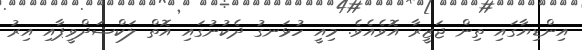
އިންޑިޔާގައި ތިން ޖަޒީރާ އޮވެއެވެ. މިއީ ހުޅަނގު ދެކުނުގައި އޮތް ލަކްޝަދްވީޕާއި އިރު